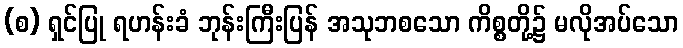
(စ) ရှင်ပြု ရဟန်းခံ ဘုန်းကြီးပြန် အသုဘစသော ကိစ္စတို့၌ မလိုအပ်သော